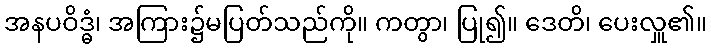
အနပဝိဒ္ဓံ၊ အကြား၌မပြတ်သည်ကို။ ကတွာ၊ ပြု၍။ ဒေတိ၊ ပေးလှူ၏။